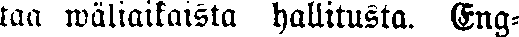
taa wäliaikaista hallitusta. Eng-